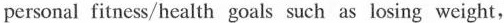
personal fitness/health goals uch as losing weight,